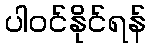
ပါဝင်နိုင်ရန်